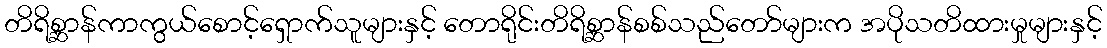
တိရိစ္ဆာန်ကာကွယ်စောင့်ရှောက်သူများနှင့် တောရိုင်းတိရိစ္ဆာန်စစ်သည်တော်များက အပိုသတိထားမှုများနှင့်